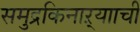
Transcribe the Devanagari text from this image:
समुद्रकिनाऱ्यााची